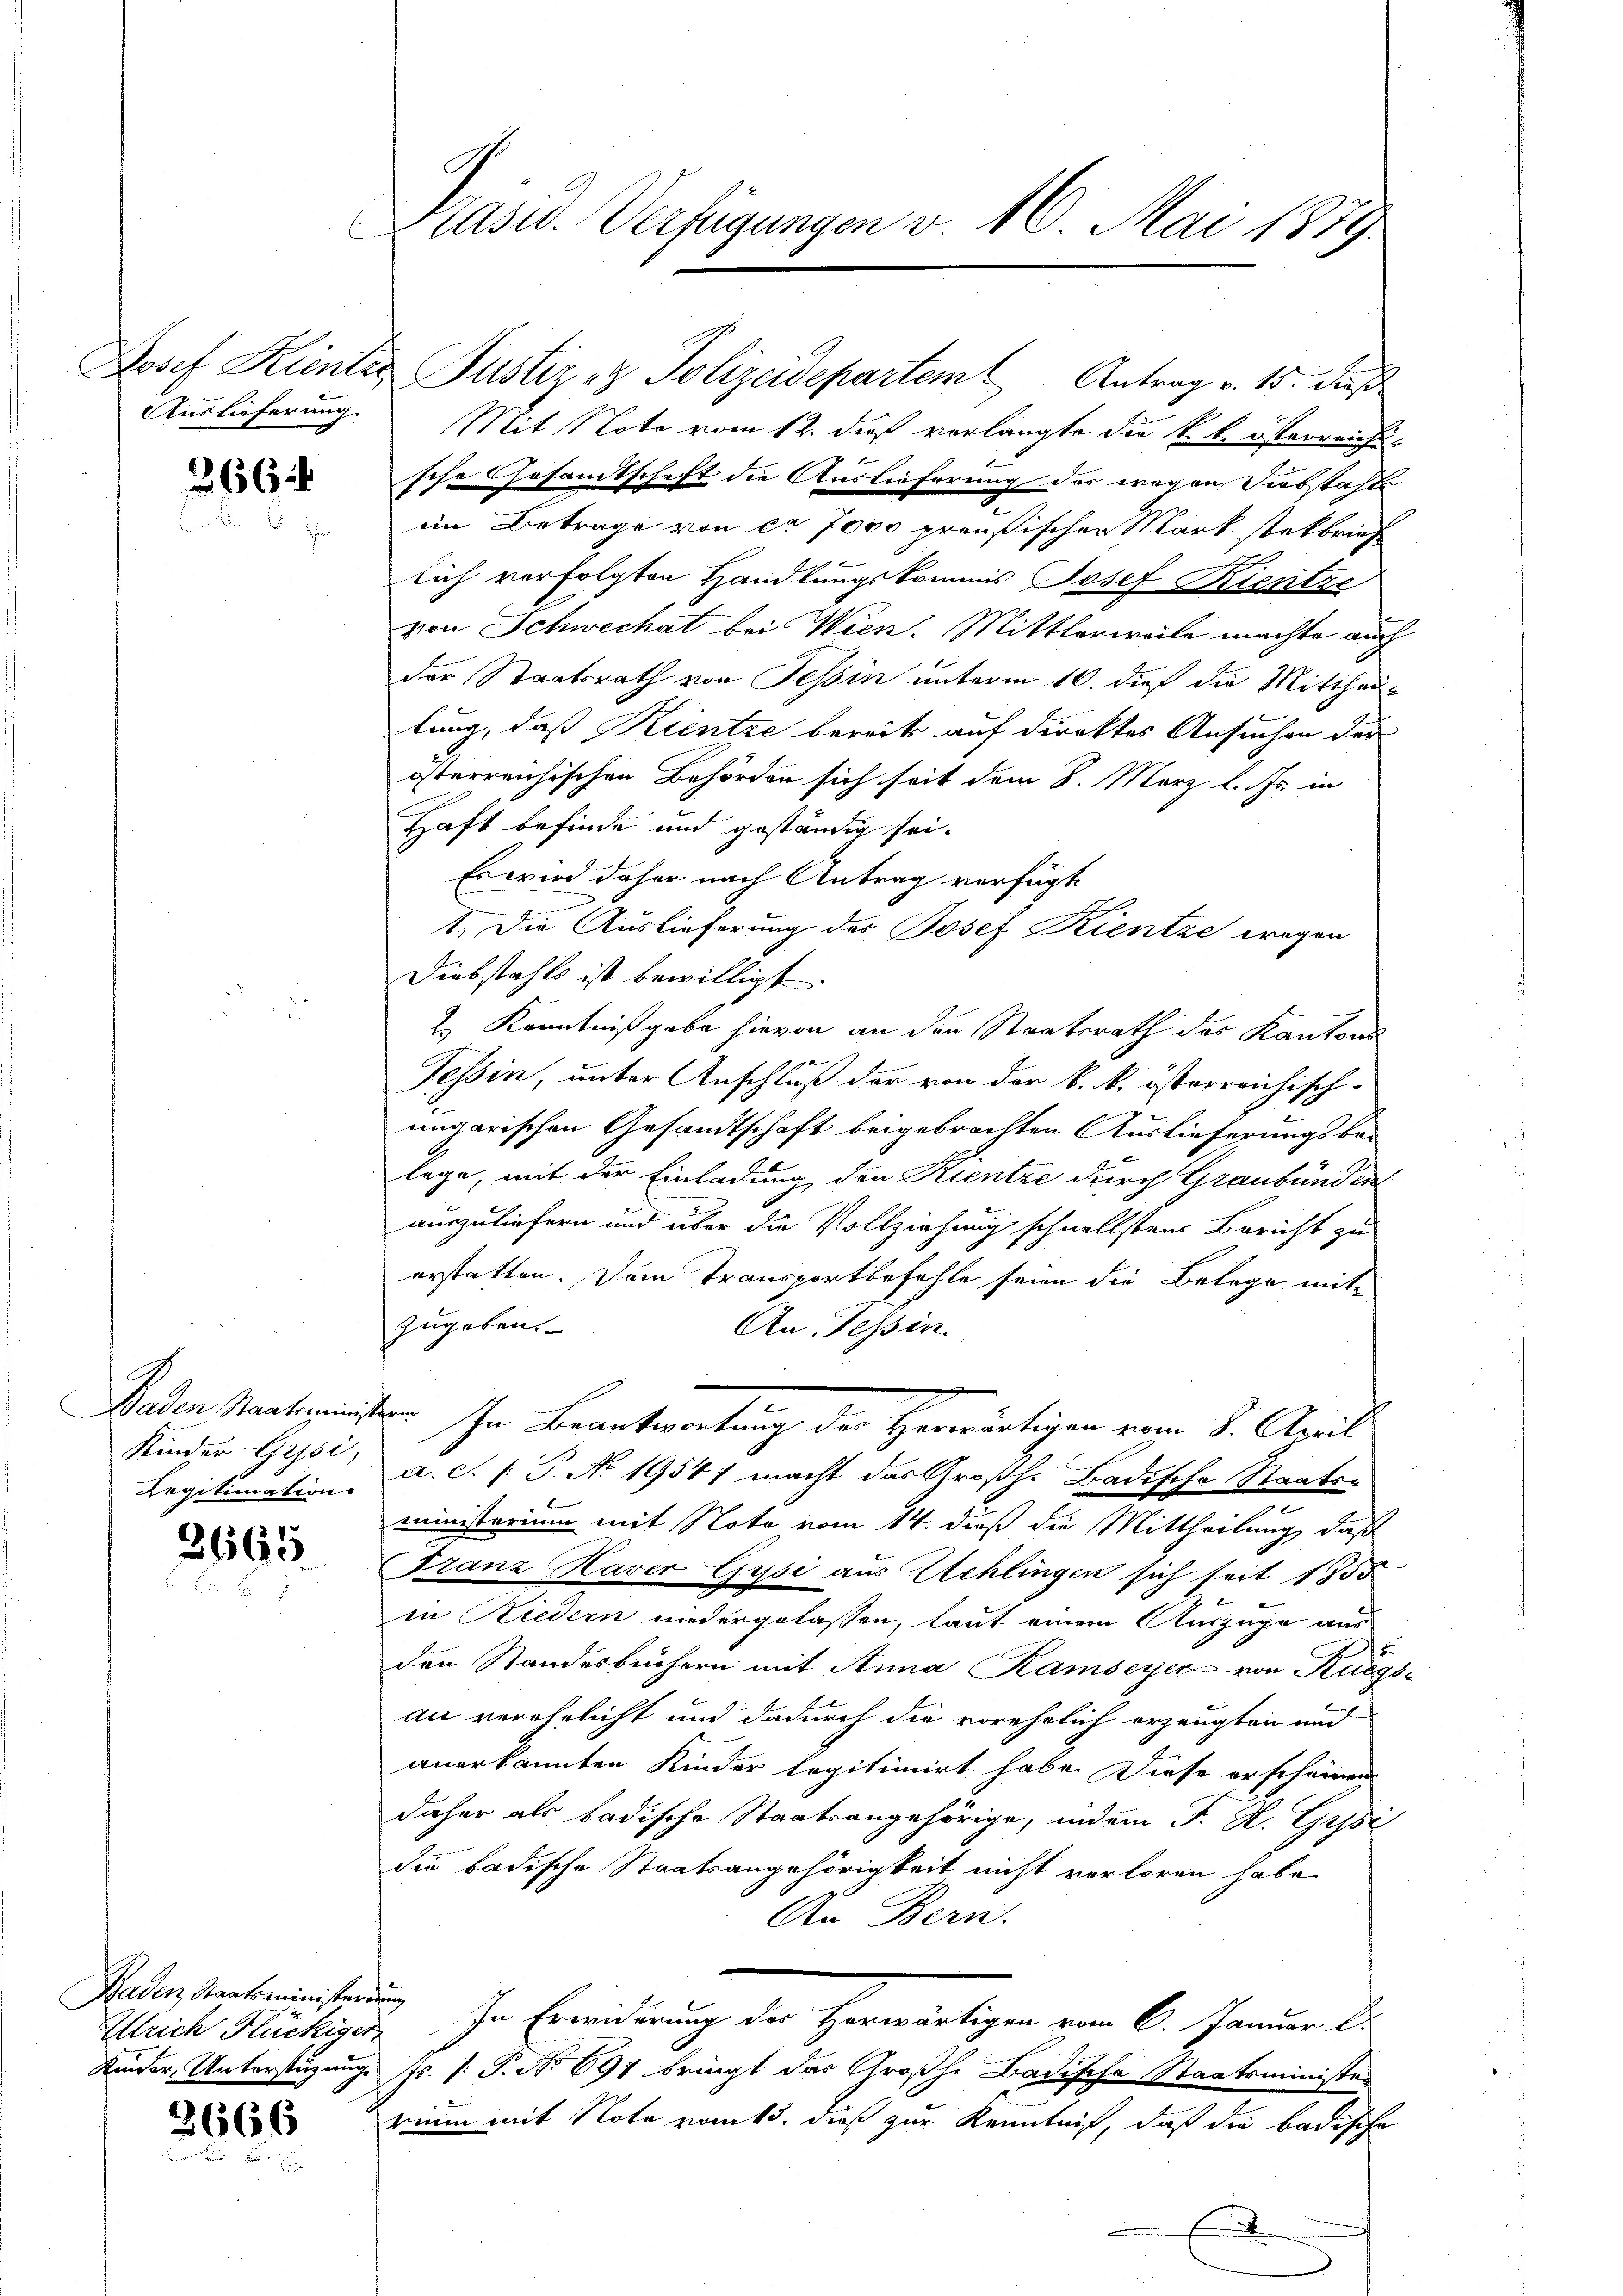
266

Legitimation

2665

Kaden Staatsministerirung
Ulrich Flückiger

2666

Präsid. Verfügungen v. 16. Mai 1879.

Josef Kienter Justiz & Polizeidepartem Antrag v. 15. dieß
Auslieferung. Mit Note vom 12. dieß verlangte die k. k. österreichs-
sche Gesandtschaft die Auslieferung des wegen Siebstahle
im Betrage von ca 7000 preußischen Mark sockbrief
lich verfolgten Handlungskommis Josef Kientze
von Schwechat bei Wien. Mittlerweile machte auch
der Staatsrath von Tessin unterm 10. dieß die Mittheillung, daß Kientze bereits auf direktes Ansuchen der
österreichischen Behörden sich seit dem 8. Merz l. Js. in
Haft befinde und geständig sei.
Es wird daher nach Antrag verfügt
.
e
1. Die Auslieferung des Josef Kientze wegen
Diebstahls ist bewilligt.
2.) Kenntnißgabe hievon an den Staatsrath der Kantons
Tessin, unter Anschluß der von der k. k. österreichisch-
ungarischen Gesandtschaft beigebrachten Auslieferungsbe-
lege, mit der Einladung den Kientze durch Graubünden
auszuliefern und über die Vollziehung schnellstens Bericht zu
erstatten. Dem Transportbefehle seien die Belege mit
zugeben.
An Tessin.
Baden starkmeistern in Beantwortung der Herwärtigen vom 8. April
Kinder Gisi, a. S. P.P. No. 19547 macht das Großh. Badische Staats-
u
ministerium mit Note vom 14. dieß die Mittheilung, daß
Franz Haver Gysi aus Schlingen sich seit 1855
in Riedern niedergelassen, laut einem Auszüge aus
den Standesbüchern mit Anna Ramseyer von Küegs-
an verehelicht und dadurch die vorehelich erzeugten und
anerkannten Kinder legitimirt habe. Diese erscheinen
daher als badische Staatsangehörige, indem J. H. Grysi
die badische Staatsangehörigkeit nicht verloren habe.
An Bern.
In Erwiderung der herwärtigen von 6. Januar di
Kinder, Unterstüzungs Js. (: P. Nr. 691 bringt das Großhe Badische Staatsminister
rium mit Note vom 15. dieß zur Kenntniß, daß die badische